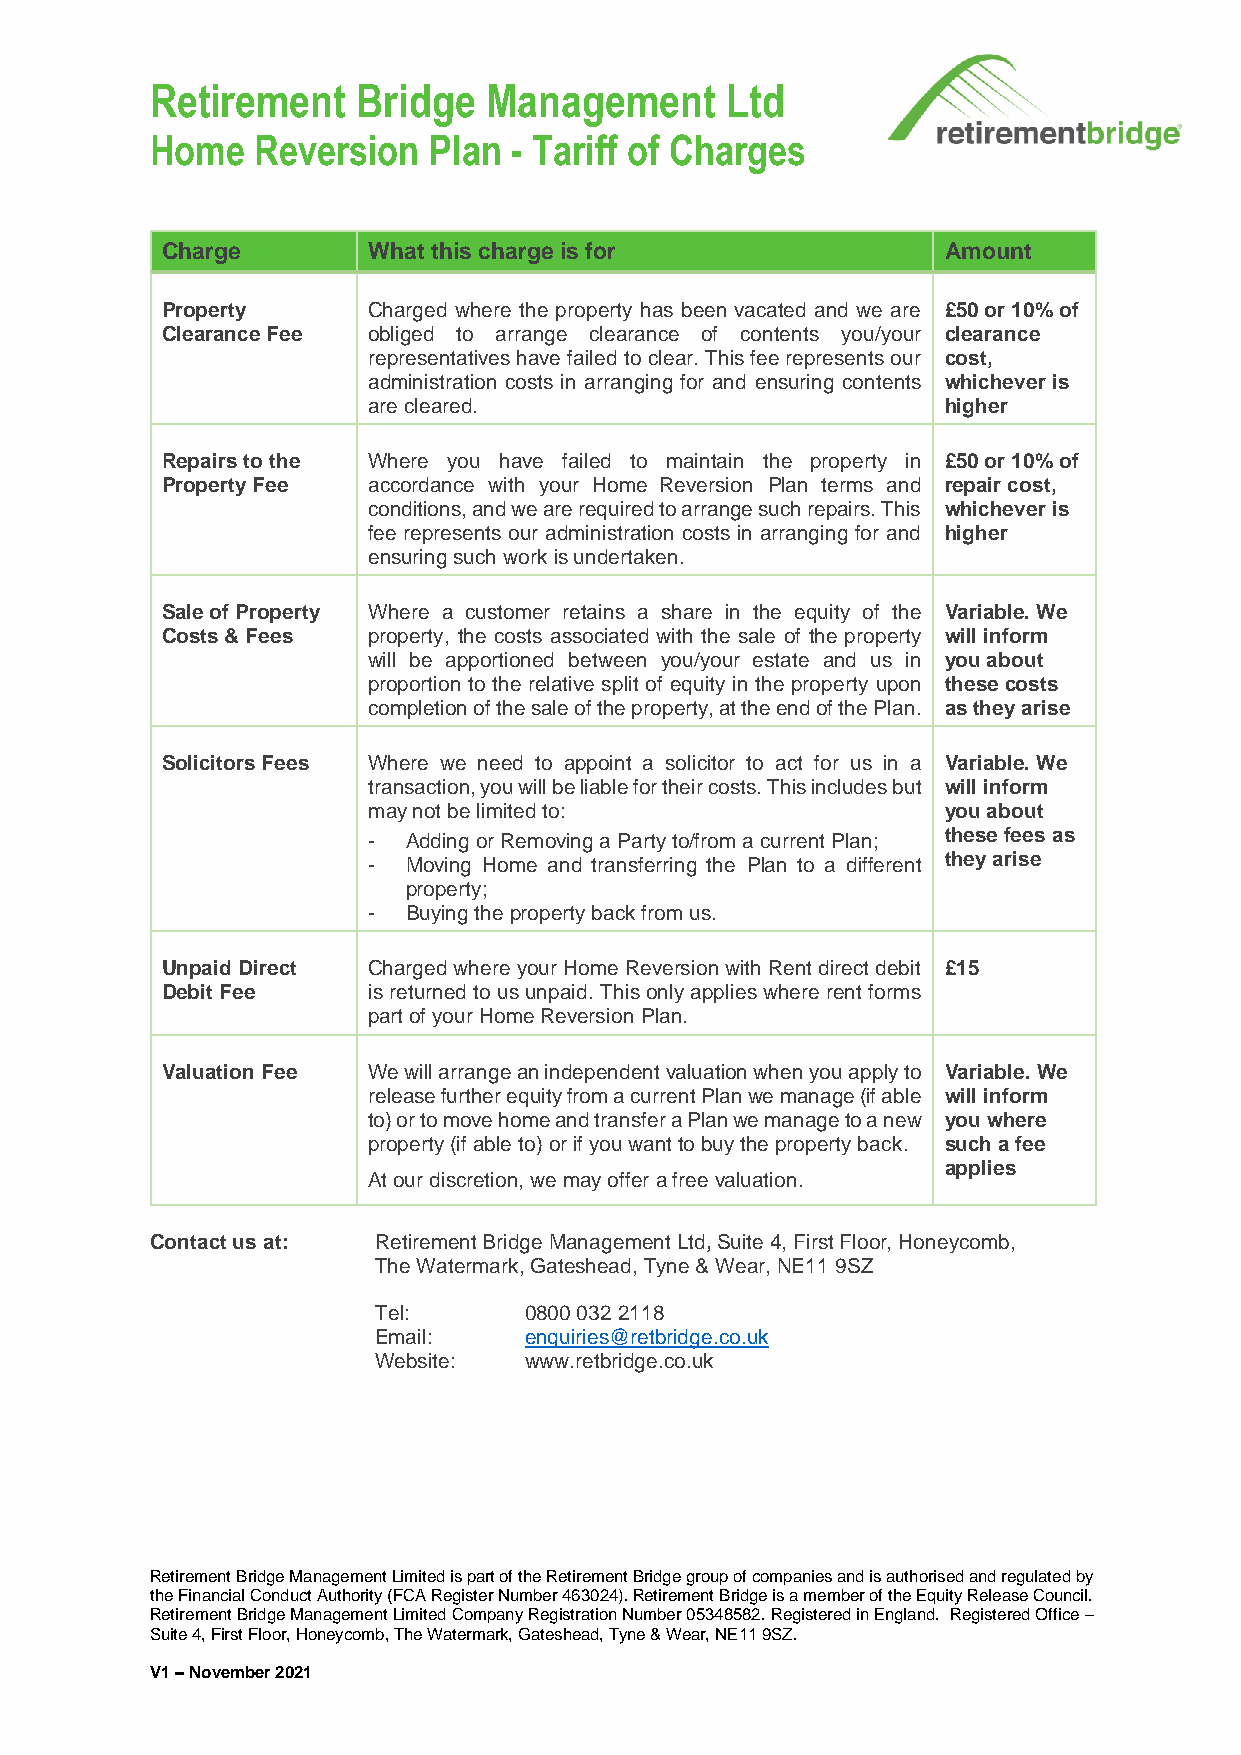
Retirement    Bridge  Management      Ltd
 Home   Reversion  Plan  - Tariff of Charges
 Charge       What this charge is for               Amount
 Property     Charged where the property has been vacated and we are £50 or 10% of
 Clearance Fee obliged to arrange clearance of contents you/your clearance
 representatives have failed to clear. This fee represents our cost,
 administration costs in arranging for and ensuring contents whichever is
 are cleared.                          higher
 Repairs to the Where you have failed to maintain the property in £50 or 10% of
 Property Fee accordance with your Home Reversion Plan terms and repair cost,
 conditions, and we are required to arrange such repairs. This whichever is
 fee represents our administration costs in arranging for and higher
 ensuring such work is undertaken.
 Sale of Property Where a customer retains a share in the equity of the Variable. We
 Costs & Fees property, the costs associated with the sale of the property will inform
 will be apportioned between you/your estate and us in you about
 proportion to the relative split of equity in the property upon these costs
 completion of the sale of the property, at the end of the Plan. as they arise
 Solicitors Fees Where we need to appoint a solicitor to act for us in a Variable. We
 transaction, you will be liable for their costs. This includes but will inform
 may not be limited to:                you about
 -  Adding or Removing a Party to/from a current Plan; these fees as
 -  Moving Home and transferring the Plan to a different they arise
 property;
 -  Buying the property back from us.
 Unpaid Direct Charged where your Home Reversion with Rent direct debit £15
 Debit Fee    is returned to us unpaid. This only applies where rent forms
 part of your Home Reversion Plan.
 Valuation Fee We will arrange an independent valuation when you apply to Variable. We
 release further equity from a current Plan we manage (if able will inform
 to) or to move home and transfer a Plan we manage to a new you where
 property (if able to) or if you want to buy the property back. such a fee
 applies
 At our discretion, we may offer a free valuation.
 Contact us at: Retirement Bridge Management Ltd, Suite 4, First Floor, Honeycomb,
 The Watermark, Gateshead, Tyne & Wear, NE11 9SZ
 Tel:      0800 032 2118
 Email:    enquiries@retbridge.co.uk
 Website:  www.retbridge.co.uk
 Retirement Bridge Management Limited is part of the Retirement Bridge group of companies and is authorised and regulated by
 the Financial Conduct Authority (FCA Register Number 463024). Retirement Bridge is a member of the Equity Release Council.
 Retirement Bridge Management Limited Company Registration Number 05348582. Registered in England. Registered Office –
 Suite 4, First Floor, Honeycomb, The Watermark, Gateshead, Tyne & Wear, NE11 9SZ.
 V1 – November 2021